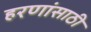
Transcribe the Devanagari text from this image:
हरणांसाठी